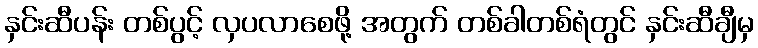
နှင်းဆီပန်း တစ်ပွင့် လှပလာစေဖို့ အတွက် တစ်ခါတစ်ရံတွင် နှင်းဆီချီမှ